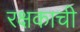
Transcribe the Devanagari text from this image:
रक्षकाची